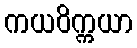
ကယဝိက္ကယာ